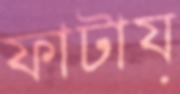
ফাটায়